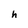
Character: h